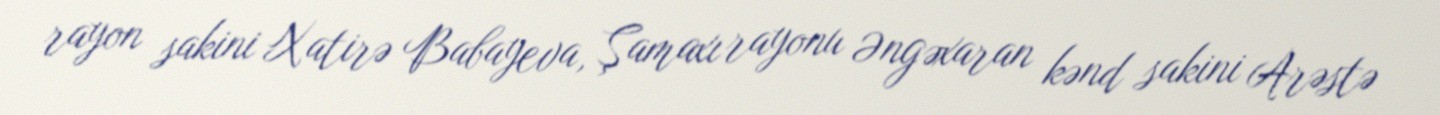
rayon sakini Xatirə Babayeva, Şamaxı rayonu Əngəxaran kənd sakini Arəstə